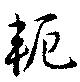
軛